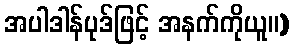
အပါဒါန်ပုဒ်ဖြင့် အနက်ကိုယူ။)